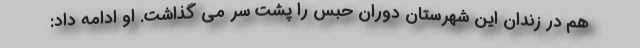
هم در زندان این شهرستان دوران حبس را پشت سر می گذاشت. او ادامه داد: